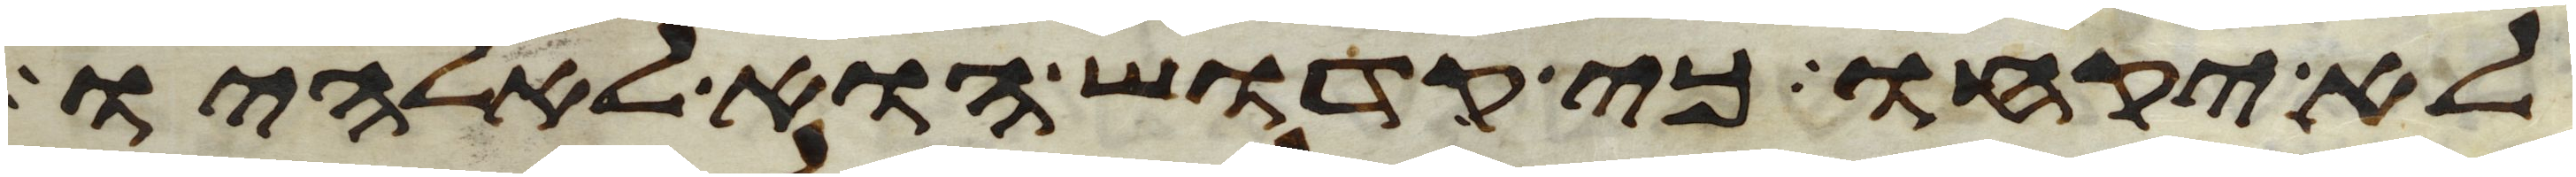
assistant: לא יקחו כי קדוש הוא לאלהיו